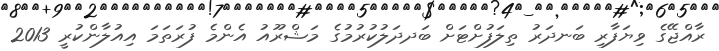
ރާއްޖޭގެ ވިޔަފާރި ބަނދަރު ތިލަފުށްޓަށް ބަދދަލުކުރުމުގެ މަޝްރޫއު އެންމެ ފުރަތަމަ އިއުލާންކުރީ 2013